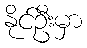
နိုင်ဦးမှာ